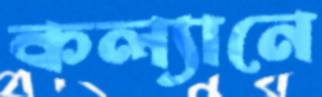
কল্যানে